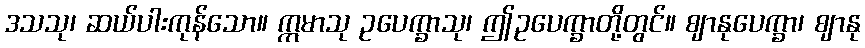
ဒသသု၊ ဆယ်ပါးကုန်သော။ ဣမာသု ဥပေက္ခာသု၊ ဤဥပေက္ခာတို့တွင်။ ဈာနုပေက္ခာ၊ ဈာနု